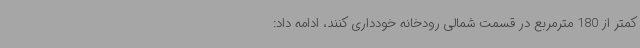
کمتر از 180 مترمربع در قسمت شمالی رودخانه خودداری کنند، ادامه داد: